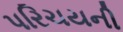
પરિચયની